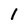
Character: 1